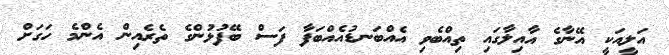
އަލީއަކީ އޭނާގެ އާއިލާގައި ތިއްބެވި އެއްބަނޑުއެއްބަފާ ފަސް ބޭފުޅުންގެ ތެރެއިން އެންމެ ހަގަށް